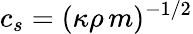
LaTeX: c_{s}=(\kappa\rho\, m)^{-1/2}